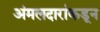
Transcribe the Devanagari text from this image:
अंमलदारांकडून